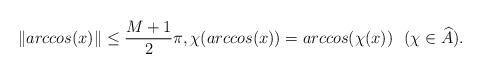
LaTeX: \begin{align*} \Vert arccos(x)\Vert \le \frac{M+1}{2}\pi, \chi(arccos(x))=arccos(\chi(x)) \ \ (\chi \in \widehat A).\end{align*}